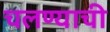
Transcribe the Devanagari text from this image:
चलण्याची